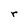
Character: r